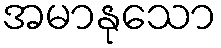
အမာနုသော